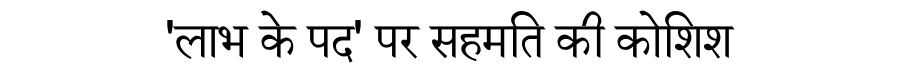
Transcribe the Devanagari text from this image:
'लाभ के पद' पर सहमति की कोशिश